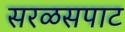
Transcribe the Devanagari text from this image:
सरळसपाट